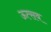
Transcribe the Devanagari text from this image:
ऊत्सव